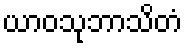
ယာဝသုဘာသိတံ